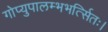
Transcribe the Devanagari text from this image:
गोप्युपालम्भभर्त्सितः।